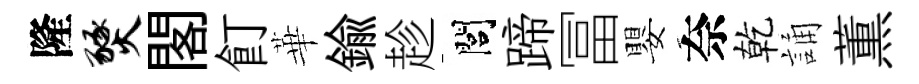
隆燹閣飣華鍮趁閭蹄冨嬰奈乾誦薫